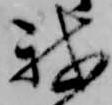
我